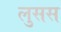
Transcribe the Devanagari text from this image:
लुसस